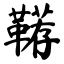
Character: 鞯